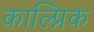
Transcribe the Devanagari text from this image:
काल्प्निक